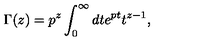
\Gamma ( z ) = p ^ { z } \int _ { 0 } ^ { \infty } d t e ^ { p t } t ^ { z - 1 } ,